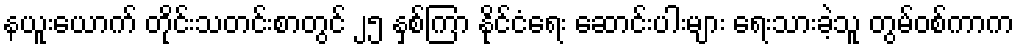
နယူးယောက် တိုင်းသတင်းစာတွင် ၂၅ နှစ်ကြာ နိုင်ငံရေး ဆောင်းပါးများ ရေးသားခဲ့သူ တွမ်ဝစ်ကာက